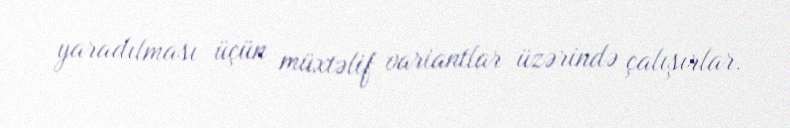
yaradılması üçün müxtəlif variantlar üzərində çalışırlar.